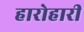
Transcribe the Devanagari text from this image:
हारोहारी